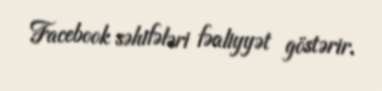
Facebook səhifələri fəaliyyət göstərir.